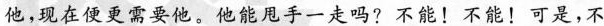
他，现在便更需要他。他能甩手一走吗?不能！不能！可是，不